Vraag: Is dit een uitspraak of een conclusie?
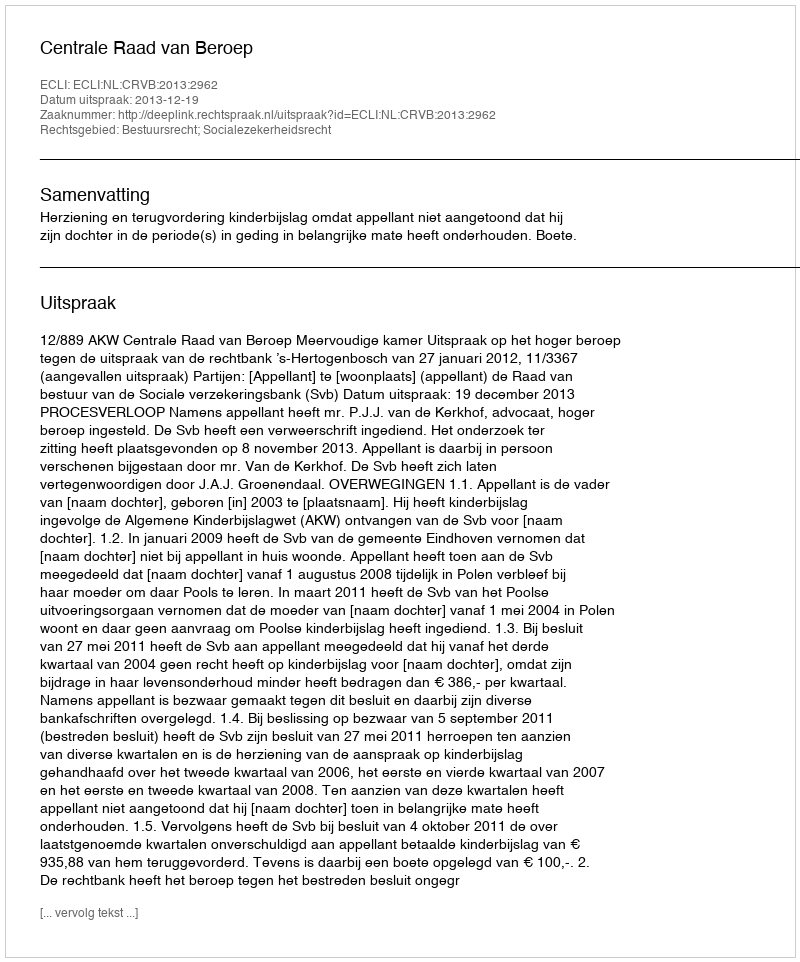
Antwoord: Uitspraak